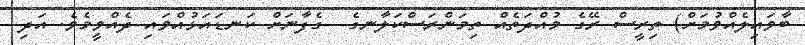
ބާވައިލެއްވުމަށް) ތިރީސް ރޭގެ މުއްދަތެއް ތިމަންރަސްކަލާނގެ  ގެފާނަށް ކަނޑައަޅުއްވައި ދެއްވީމެވެ. އަދި